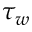
\tau _ { w }